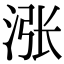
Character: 涨